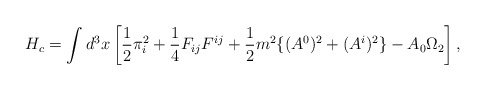
\begin{align*}H_c = \int d^3x \left[ \frac{1}{2} \pi_i^2 + \frac{1}{4} F_{ij} F^{ij} + \frac{1}{2} m^2 \{ (A^0)^2 + (A^i)^2 \} - A_0\Omega_2 \right],\end{align*}